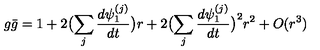
g \bar { g } = 1 + 2 \bigl ( \sum _ { j } \frac { d \psi _ { 1 } ^ { ( j ) } } { d t } \bigr ) r + 2 \bigl ( \sum _ { j } \frac { d \psi _ { 1 } ^ { ( j ) } } { d t } \bigr ) ^ { 2 } r ^ { 2 } + O ( r ^ { 3 } )